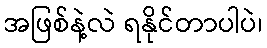
အဖြစ်နဲ့လဲ ရနိုင်တာပါပဲ၊